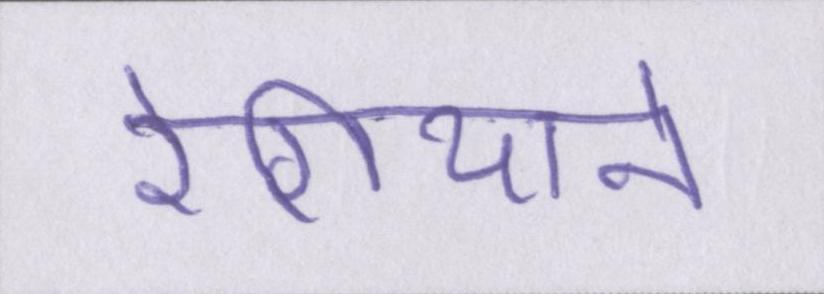
रेगियाने